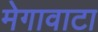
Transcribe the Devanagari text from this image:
मेगावाटा